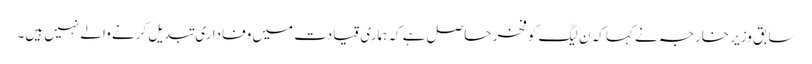
سابق وزیر خارجہ نے کہا کہ ن لیگ کو فخر حاصل ہے کہ ہماری قیادت میں وفاداری تبدیل کرنے والے نہیں ہیں۔